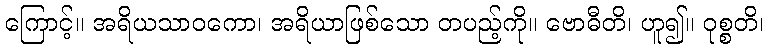
ကြောင့်။ အရိယသာဝကော၊ အရိယာဖြစ်သော တပည့်ကို။ ဗောဓီတိ၊ ဟူ၍။ ဝုစ္စတိ၊